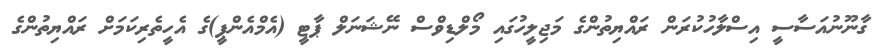
ގާނޫނުއަސާސީ އިސްލާހުކުރަން ރައްޔިތުންގެ މަޖިލީހުގައި މޯލްޑިވްސް ނޭޝަނަލް ޕާޓީ (އެމްއެންޕީ)ގެ އެހީތެރިކަމަށް ރައްޔިތުންގެ